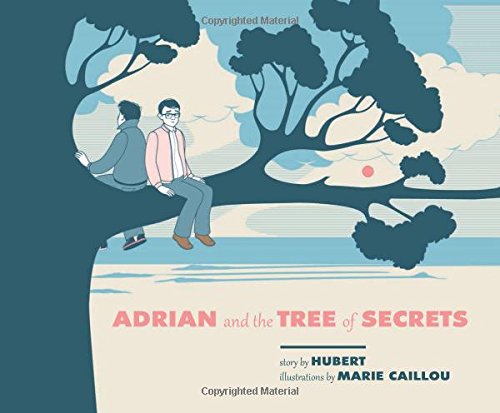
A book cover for Adrian and the Tree of Secrets; Hubert; Comics & Graphic Novels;